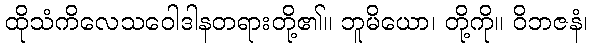
ထိုသံကိလေသဝေါဒါနတရားတို့၏။ ဘူမိယော၊ တို့ကို။ ဝိဘဇနံ၊